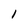
Character: 1